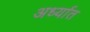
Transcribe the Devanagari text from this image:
अर्ध्यात